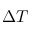
\Delta T